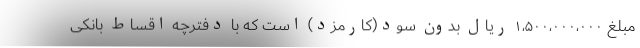
مبلغ ۱،۵۰۰،۰۰۰،۰۰۰ ریال بدون سود(کارمزد) است که با دفترچه اقساط بانکی